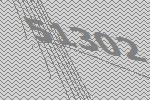
51302